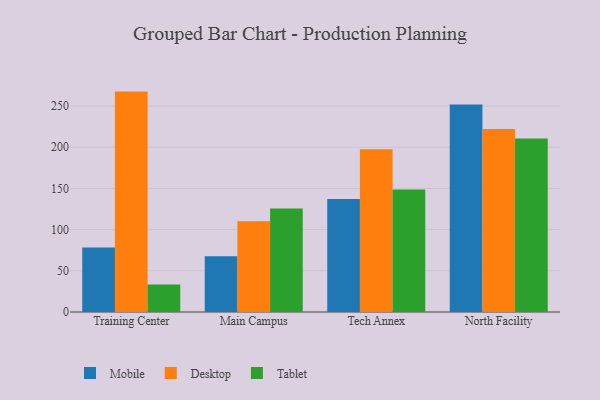
{"axis": {"x": "Campus", "y": "Temperature (°C)"}, "legend": ["Desktop", "Mobile", "Tablet"], "data": [{"x": "Training Center", "y": 78.2, "type": "Mobile"}, {"x": "Training Center", "y": 267.5, "type": "Desktop"}, {"x": "Training Center", "y": 33.5, "type": "Tablet"}, {"x": "Main Campus", "y": 67.8, "type": "Mobile"}, {"x": "Main Campus", "y": 110.2, "type": "Desktop"}, {"x": "Main Campus", "y": 125.5, "type": "Tablet"}, {"x": "Tech Annex", "y": 137.3, "type": "Mobile"}, {"x": "Tech Annex", "y": 197.4, "type": "Desktop"}, {"x": "Tech Annex", "y": 148.7, "type": "Tablet"}, {"x": "North Facility", "y": 251.8, "type": "Mobile"}, {"x": "North Facility", "y": 222.1, "type": "Desktop"}, {"x": "North Facility", "y": 210.7, "type": "Tablet"}]}